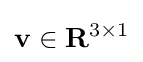
\mathbf {v} \in \mathbf {R} ^{3\times 1}